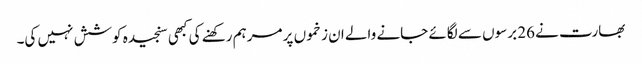
بھارت نے 26 برسوں سے لگائے جانے والے ان زخموں پر مرہم رکھنے کی کبھی سنجیدہ کوشش نہیں کی۔